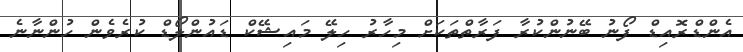
އެންޑްރޮއިޑް ފޯނު ބޭނުންކުރާ ފަރާތްތަކަށް މިހާރު ހިލޭ މައިޝޭކް ޑައުންލޯޑް ކުރެވެން ހުންނާނެ